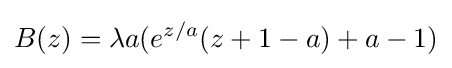
B(z)=\lambda a(e^{z/a}(z+1-a)+a-1)